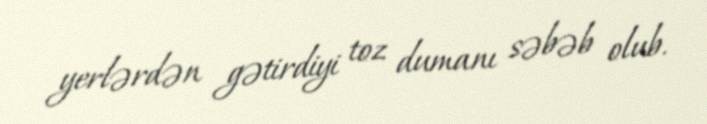
yerlərdən gətirdiyi toz dumanı səbəb olub.